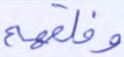
وخلقهم